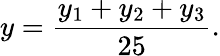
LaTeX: y=\frac{y_{1}+y_{2}+y_{3}}{25}.